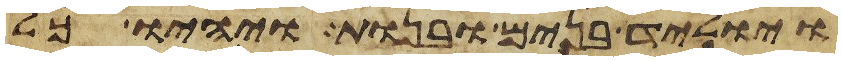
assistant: ויוליד בנים ובנות ויהיו כל